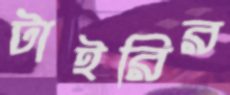
টাইরির